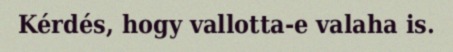
Kérdés, hogy vallotta-e valaha is.